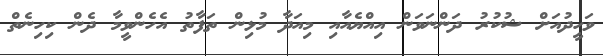
ވަހީދުއަށް ޝުކުރު ދަންނަވަން އިއްޔެއާއި މިއަދާ މުޅިން ތަފާތު އެހެންވީމާ ދެން ކިހިނެތް